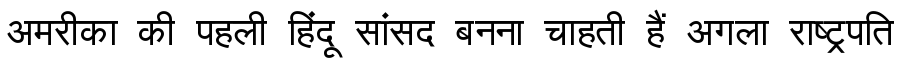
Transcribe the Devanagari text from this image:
अमरीका की पहली हिंदू सांसद बनना चाहती हैं अगला राष्ट्रपति